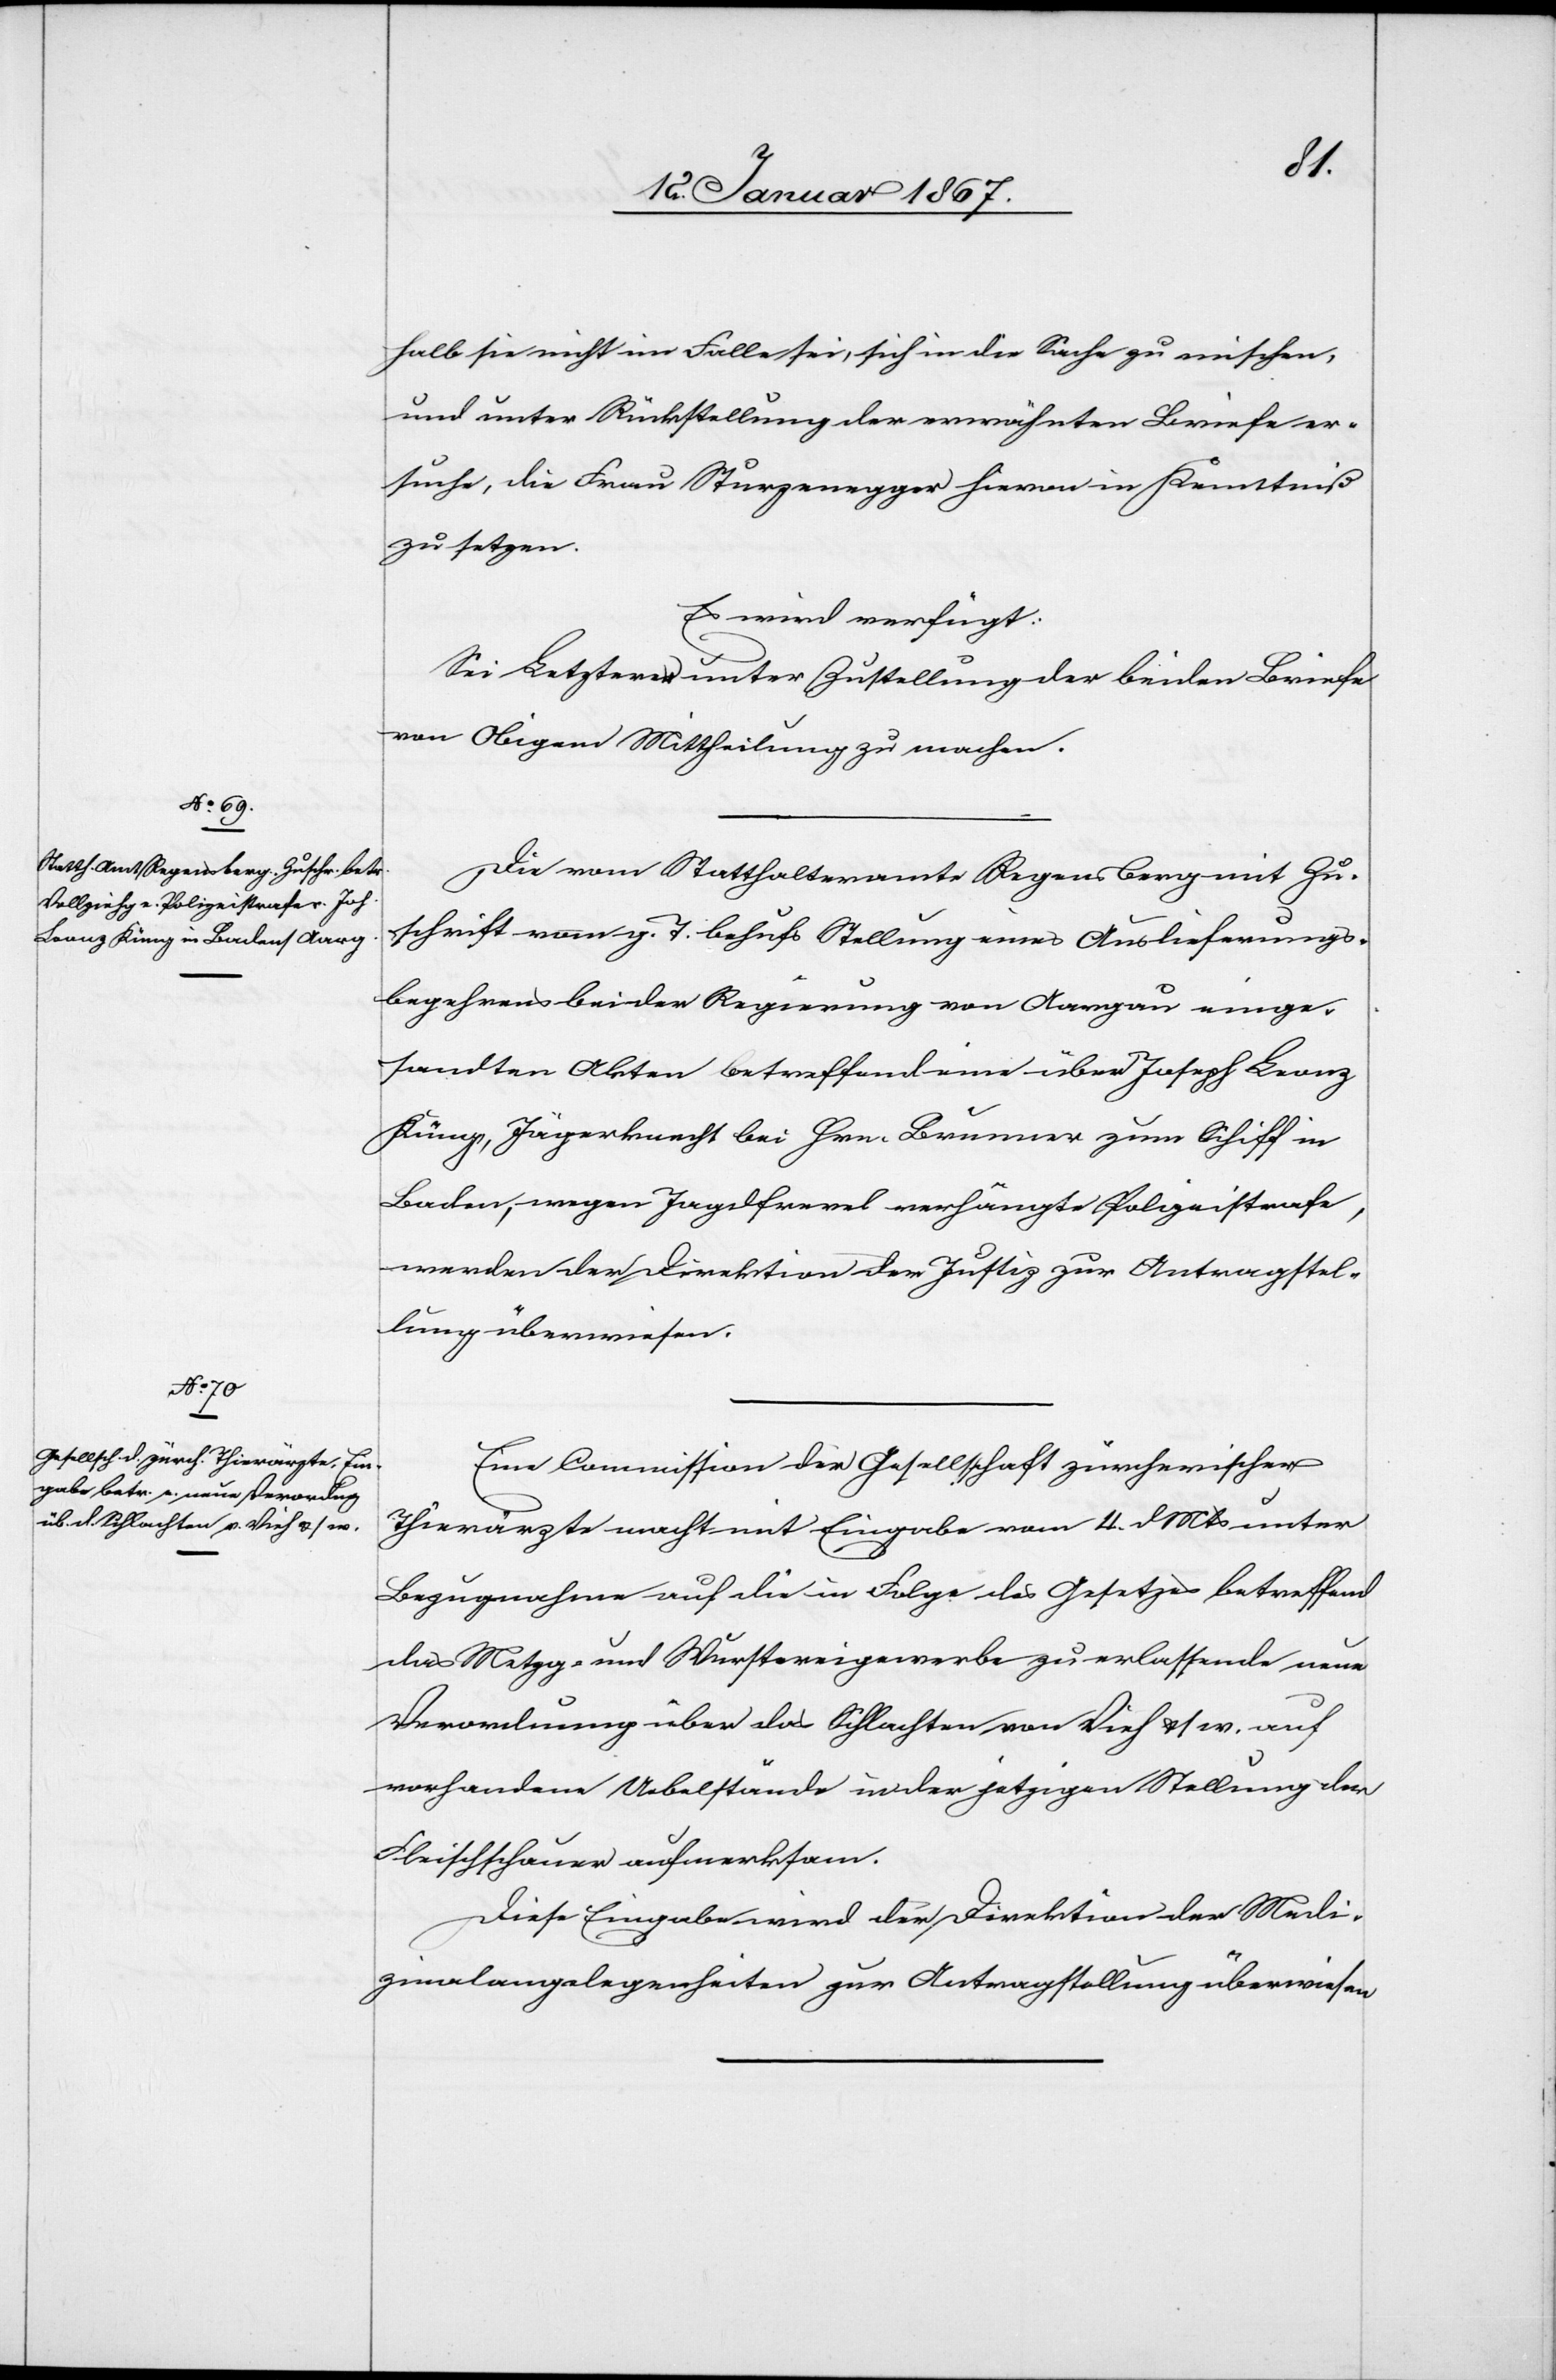
13. Januar 1867.]
halb sie nicht im Falle sei, sich in die Sache zu mischen,
und unter Rückstellung der erwähnten Briefe er¬
suche, die Frau Sturzenegger hiervon in Kenntniß
zu setzen.
Es wird verfügt:
Sei Letzterer unter Zustellung der beiden Briefe
von Obigem Mittheilung zu machen.
Die vom Statthalteramte Regensberg mit Zu¬
schrift vom g. T. behufs Stellung eines Auslieferungs¬
begehrens bei der Regierung von Aargau einge¬
sandten Akten betreffend eine über Joseph Leonz
Küng, Jägerknecht bei Hrn. Brunner zum Schiff in
Baden, wegen Jagdfrevel verfügte Polizeistrafe,
werden der Direktion der Justiz zur Antragstel¬
lung überwiesen.
Eine Commission der Gesellschaft zürcherischer
Thierärzte macht mit Eingabe vom 4. d. Mts unter
Bezugnahme auf die in Folge des Gesetzes betreffend
das Metzg- und Wurstereigewerbe zu erlassende neue
Verordnung über das Schlachten von Vieh u. s. w. auf
vorhandene Uebelstände in der jetzigen Stellung der
Fleischschauer aufmerksam.
Diese Eingabe wird der Direktion der Medi¬
zinalangelegenheiten zur Antragstellung überwiesen.